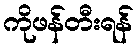
ကိုဖန်တီးရန်